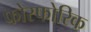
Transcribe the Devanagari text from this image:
फोस्फोरिक